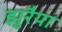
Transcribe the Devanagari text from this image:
झुरैया